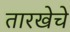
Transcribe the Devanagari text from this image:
तारखेचे